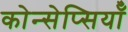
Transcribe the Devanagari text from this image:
कोन्सेप्सियॉँ